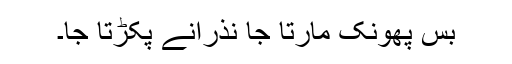
بس پھونک مارتا جا نذرانے پکڑتا جا۔